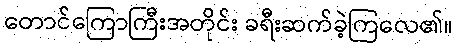
တောင်ကြောကြီးအတိုင်း ခရီးဆက်ခဲ့ကြလေ၏။